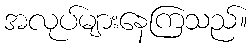
အလုပ်များနေကြသည်။